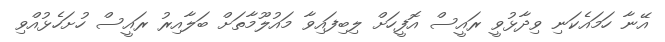
އޭނާ ހަމައެކަނި ވިދާޅުވީ ރައީސް އޮފީހަށް ލިބިފައިވާ މައުލޫމާތަށް ބަލާއިރު ރައީސް ހުށަހެޅުއްވި